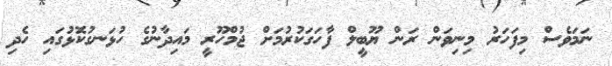
ނަމަވެސް މިފަހަރު މިނިވަން ރަން ޔޫބީލް ފާހަގަކުރުމަށް ޖުމްހޫރީ މައިދާނުގެ ހުޅަނގުކޮޅުގައި ހެދި